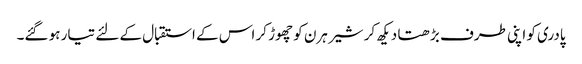
پادری کو اپنی طرف بڑھتا دیکھ کر شیر ہرن کو چھوڑ کر اس کے استقبال کے لئے تیار ہو گئے۔